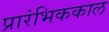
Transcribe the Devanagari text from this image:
प्रारंभिककाल